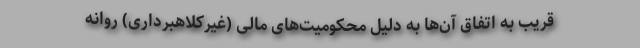
قریب به اتفاق آن‌ها به دلیل محکومیت‌های مالی (غیرکلاهبرداری) روانه